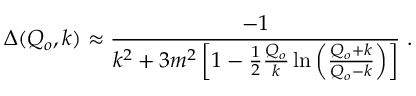
\Delta ( Q _ { o } , k ) \approx { \frac { - 1 } { k ^ { 2 } + 3 m ^ { 2 } \left[ 1 - \frac { 1 } { 2 } { \frac { Q _ { o } } { k } } \ln \left( { \frac { Q _ { o } + k } { Q _ { o } - k } } \right) \right] } } \; .